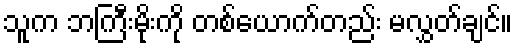
သူက ဘကြီးမိုးကို တစ်ယောက်တည်း မလွှတ်ချင်။